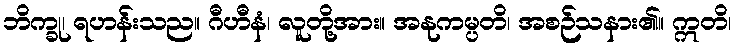
ဘိက္ခု၊ ရဟန်းသည။ ဂီဟီနံ၊ လူတို့အား။ အနုကမ္ပတိ၊ အစဉ်သနား၏။ ဣတိ၊